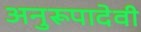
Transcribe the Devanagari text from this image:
अनुरूपादेवी